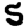
Digit: 5